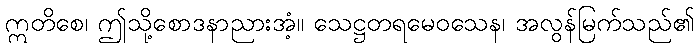
ဣတိစေ၊ ဤသို့စောဒနာညားအံ့။ သေဋ္ဌတရမေဝသေန၊ အလွန်မြက်သည်၏